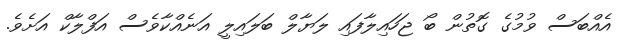
އެއްބަސް ވުމުގެ ގޮތުން ބޯ ޖަހައިލާފައި ލަޔާލް ބަލައިލީ އަނެއްކާވެސް އަފްލާކް އަށެވެ.